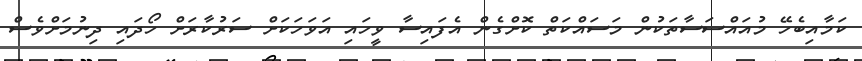
ކަމާއިބެހޭ މުއައްސަސާތަކުން މަސައްކަތް ކޮށްގެން އެފައިސާ ވީހައި އަވަހަކަށް ސަރުކާރަށް ހޯދައި ދިނުމަށްވެސް